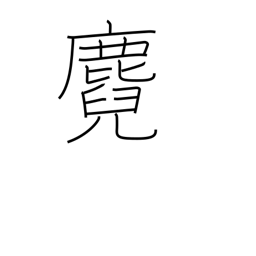
Meaning: fawn